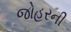
જોહરની